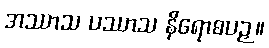
အဿာသ ပဿာသ နိရောဓပဉှ။